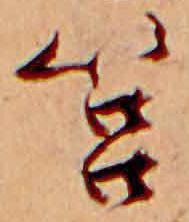
筥